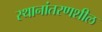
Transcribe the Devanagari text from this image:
स्थानांतरणशील